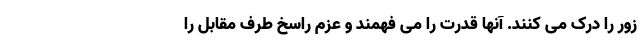
زور را درک می کنند. آنها قدرت را می فهمند و عزم راسخ طرف مقابل را